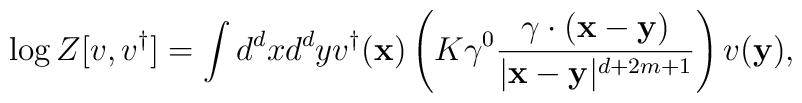
\log Z[{v},{v}^{\dagger }]=\int d^{d}{x}d^{d}{y}{v}^{\dagger }({\mathbf{x}})\left( K\gamma ^{0}\frac{\gamma \cdot ({\mathbf{x}}-{\mathbf{y}})}{|{\mathbf{x}}-{\mathbf{y}}|^{d+2m+1}}\right) {v}({\mathbf{y}}),